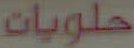
حلويات